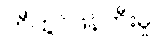
တီထွင်ဖန်တီးမှု